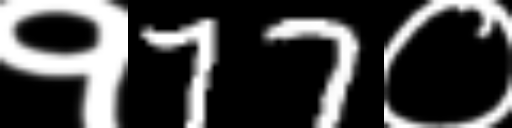
Text: १77०